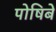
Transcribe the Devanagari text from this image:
पोषिबे